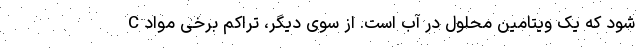
C شود که یک ویتامین محلول در آب است. از سوی دیگر، تراکم برخی مواد